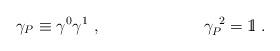
LaTeX: \begin{align*}\gamma_P\equiv \gamma^0 \gamma^1 ~,~~~~~~~~~~~~~~~~~~~\gamma_P^{~2}= \hbox{{1}\kern-.25em\hbox{l}} ~.\end{align*}